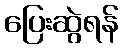
ပြေးဆွဲရန်